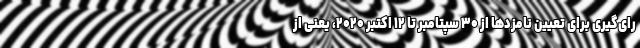
رای‌گیری برای تعیین نامزدها از ۳۰ سپتامبر تا ۱۲ اکتبر ۲۰۲۰، یعنی از